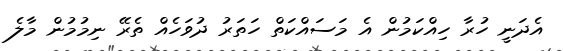
އެދަނީ ހުރާ ހިއްކަމުން އެ މަސައްކަތް ހަތަރު ދުވަހެއް ތެރޭ ނިމުމުން މާލެ